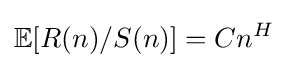
\mathbb {E} [R(n)/S(n)]=Cn^{H}